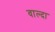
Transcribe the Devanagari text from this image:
वाल्दा